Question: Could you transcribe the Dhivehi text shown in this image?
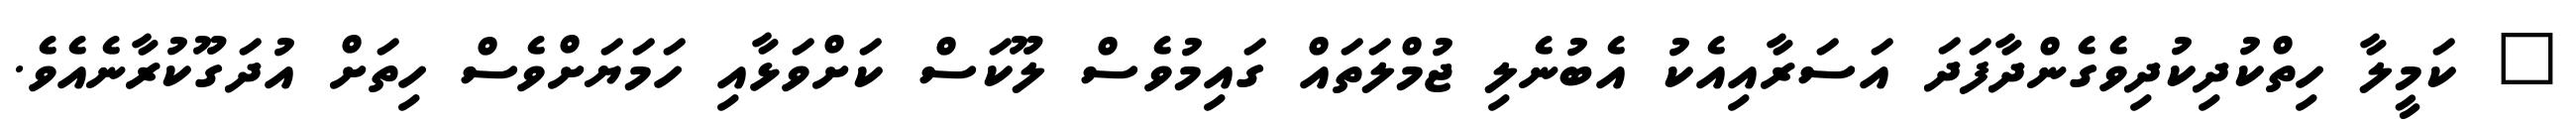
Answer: " ކަމީލާ ހިތްކުދިކުދިވެގެންދާފަދަ އަސަރާއިއެކު އެބުނެލި ޖުމްލަތައް ގައިމުވެސް ލޫކަސް ކަށްވަޅާއި ހަމަޔަށްވެސް ހިތަށް އުދަގޫކުރާނެއެވެ.